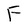
Character: F